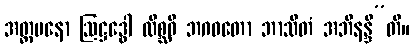
အတ္တမနော ဩဋ္ဌဒ္ဓေါ လိစ္ဆဝီ ဘဂဝတော ဘာသိတံ အဘိနန္ဒီ”တိ။